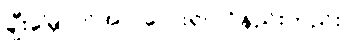
ချီးမြှောက်အပ်-လေးရပ် ဝိနည်းတည်း။